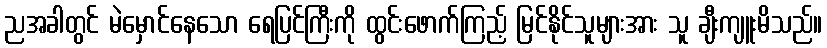
ညအခါတွင် မဲမှောင်နေသော ရေပြင်ကြီးကို ထွင်းဖောက်ကြည့် မြင်နိုင်သူများအား သူ ချီးကျူးမိသည်။